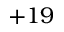
+ 1 9